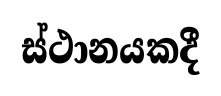
ස්ථානයකදී